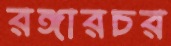
রঙ্গারচর